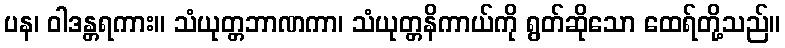
ပန၊ ဝါဒန္တရကား။ သံယုတ္တဘာဏကာ၊ သံယုတ္တနိကာယ်ကို ရွတ်ဆိုသော ထေရ်တို့သည်။